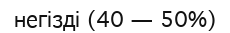
негізді (40 — 50%)